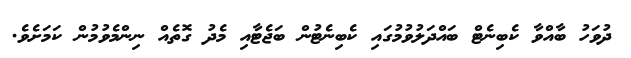
ދުވަހު ބާއްވާ ކެބިނެޓް ބައްދަލުވުމުގައި ކެބިނެޓުން ބަޖެޓާއި މެދު ގޮތެއް ނިންމެވުމުން ކަމަށެވެ.